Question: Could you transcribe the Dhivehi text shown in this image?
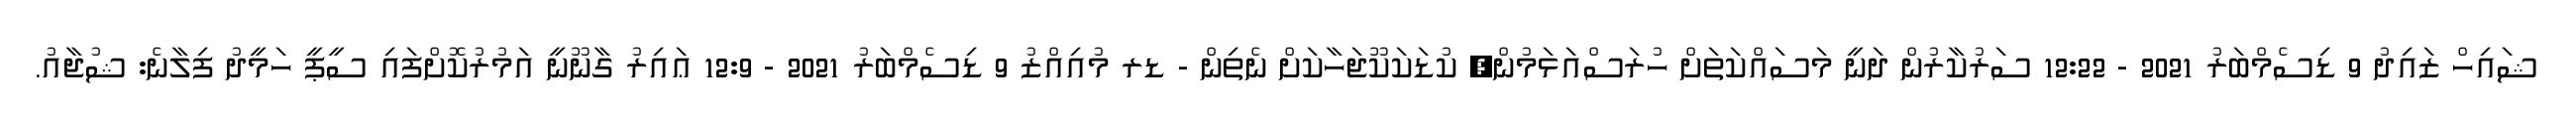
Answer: ޝައިހް ޒައިދު 9 ޑިސެމްބަރު 2021 - 12:22 ސަރުކާރުން ދަނީ މަސައްކަތަށް ހުރަސްއަޅަމުން; ކުޑަކަކޫޖަހާކަށް ނެތިން - ޑރ މުއިއްޒު 9 ޑިސެމްބަރު 2021 - 12:9 ޢައިރު ގާނޫނީ އަމުރުކޮށްފައި ސީޕީ ހަމީދު ފިލާނެ: ޝުޖާއު.